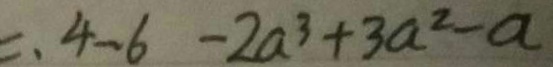
= . 4 - 6 - 2 a ^ { 3 } + 3 a ^ { 2 } - a